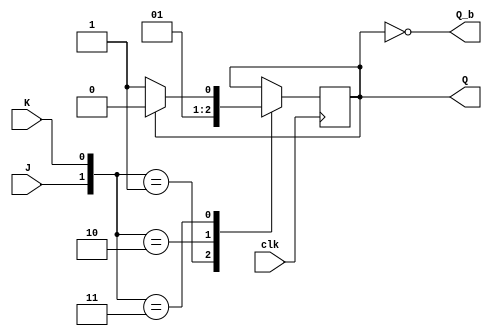
module jk_ff(output Q,
	     output Q_b,
	     input J,
	     input K,
	     input clk);
  reg Q;
  assign Q_b = ~Q;

  always @(posedge clk)
  begin
	  case({J,K})
		  {1'b0,1'b1} : Q <= 1'b0;
		  {1'b1,1'b0} : Q <= 1'b1;
		  {1'b1,1'b1} :
			  if(Q == 1'b0)
				  Q <= 1'b1;
			  else
				  Q <= 1'b0;
	  endcase
  end
  
endmodule